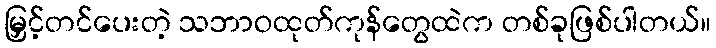
မြှင့်တင်ပေးတဲ့ သဘာဝထုတ်ကုန်တွေထဲက တစ်ခုဖြစ်ပါတယ်။